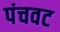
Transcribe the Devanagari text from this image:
पंचवट